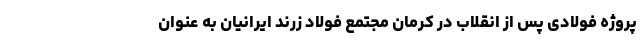
پروژه فولادی پس از انقلاب در کرمان مجتمع فولاد زرند ایرانیان به عنوان